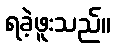
ရခဲ့ဖူးသည်။